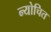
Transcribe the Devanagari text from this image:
न्योचित